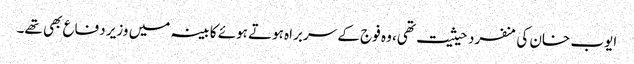
ایوب خان کی منفرد حیثیت تھی، وہ فوج کے سربراہ ہوتے ہوئے کابینہ میں وزیر دفاع بھی تھے۔